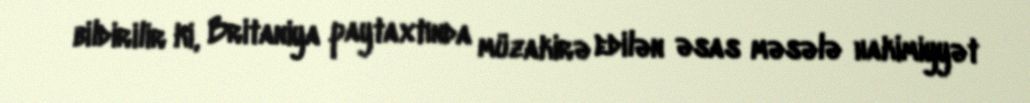
bildirilir ki, Britaniya paytaxtında müzakirə edilən əsas məsələ hakimiyyət